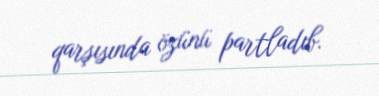
qarşısında özünü partladıb.